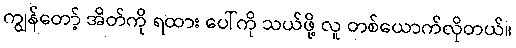
ကျွန်တော့် အိတ်ကို ရထား ပေါ်ကို သယ်ဖို့ လူ တစ်ယောက်လိုတယ်။